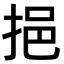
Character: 挹